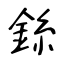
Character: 銯